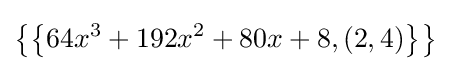
\left\{\left\{64x^{3}+192x^{2}+80x+8,(2,4)\right\}\right\}